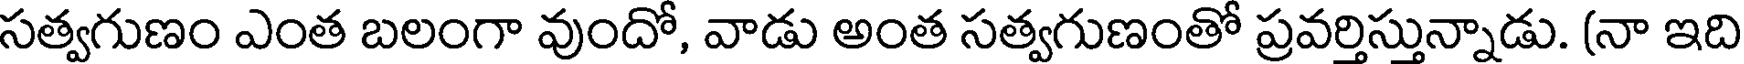
సత్వగుణం ఎంత బలంగా వుందో, వాడు అంత సత్వగుణంతో ప్రవర్తిస్తున్నాడు. (నా ఇది